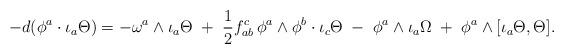
LaTeX: \begin{align*} -d(\phi ^a\cdot \iota _a\Theta ) = -\omega ^a\wedge \iota _a\Theta \;+\;\frac 12f^c_{ab}\,\phi ^a\wedge \phi ^b\cdot \iota _c\Theta \;-\;\phi ^a\wedge \iota _a\Omega \;+\; \phi ^a\wedge [\iota _a\Theta , \Theta ]. \end{align*}